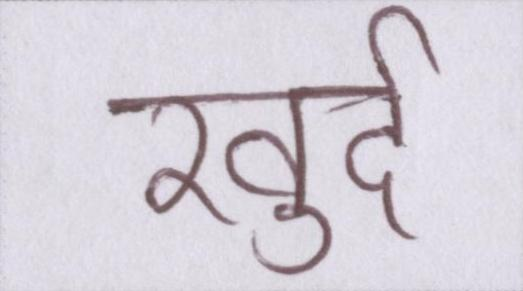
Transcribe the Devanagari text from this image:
खुर्द